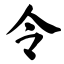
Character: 令